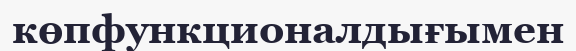
көпфункционалдығымен